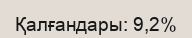
Қалғандары: 9,2%